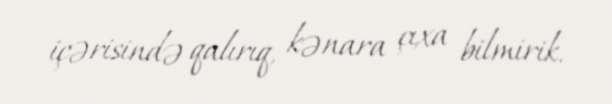
içərisində qalırıq, kənara çıxa bilmirik.